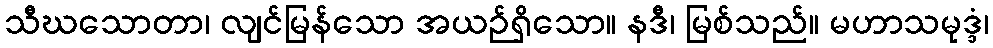
သီဃသောတာ၊ လျင်မြန်သော အယဉ်ရှိသော။ နဒီ၊ မြစ်သည်။ မဟာသမုဒ္ဒံ၊